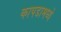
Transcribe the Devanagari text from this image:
कापडामध्ये